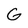
Character: G